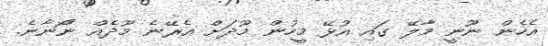
އެހެން ނޫނީ މާލޭ ގައި އުޅޭ މީހުން މޫދަށް އެރޭނެ މޫދެއް ނޯނާނެ.